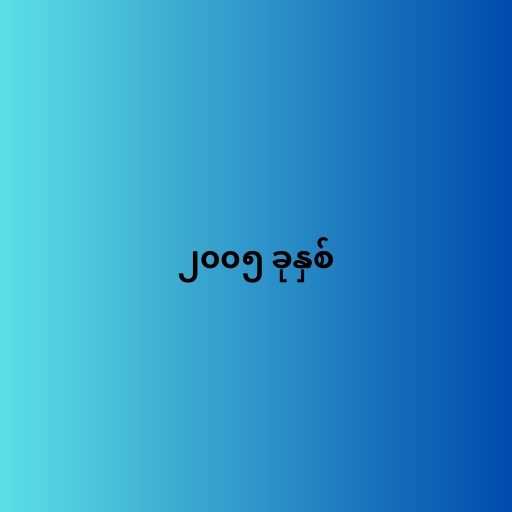
၂၀၀၅ ခုနှစ်